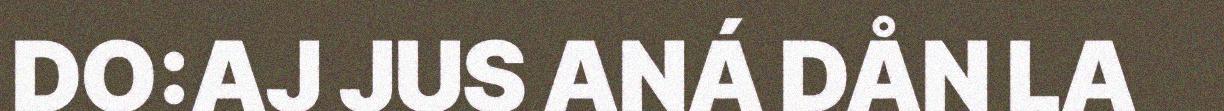
DO:AJ JUS ANÁ DÅN LA